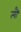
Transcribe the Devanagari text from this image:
त्यौं